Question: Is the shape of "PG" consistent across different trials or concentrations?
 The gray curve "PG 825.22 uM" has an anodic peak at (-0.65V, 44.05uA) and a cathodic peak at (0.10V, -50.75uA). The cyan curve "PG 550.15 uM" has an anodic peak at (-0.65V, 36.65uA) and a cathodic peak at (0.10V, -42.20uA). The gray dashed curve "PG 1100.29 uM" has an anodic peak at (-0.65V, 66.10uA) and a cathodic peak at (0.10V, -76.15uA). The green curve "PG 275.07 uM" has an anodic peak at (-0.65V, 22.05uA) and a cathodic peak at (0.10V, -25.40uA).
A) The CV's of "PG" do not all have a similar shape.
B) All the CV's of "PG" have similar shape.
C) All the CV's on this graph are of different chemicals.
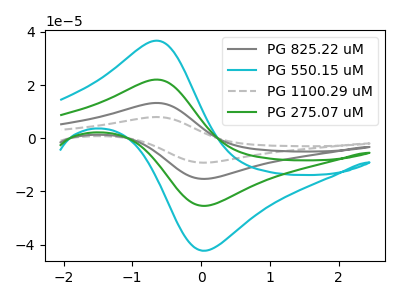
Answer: <think>All the peaks in "PG 825.22 uM" have a peak in "PG 550.15 uM" at the same potential. Every peak in "PG 825.22 uM" is higher than every peak in "PG 550.15 uM". All the peaks in "PG 825.22 uM" have a peak in "PG 1100.29 uM" at the same potential. Every peak in "PG 825.22 uM" is lower than every peak in "PG 1100.29 uM". All the peaks in "PG 825.22 uM" have a peak in "PG 275.07 uM" at the same potential. Every peak in "PG 825.22 uM" is higher than every peak in "PG 275.07 uM". All the peaks in "PG 550.15 uM" have a peak in "PG 1100.29 uM" at the same potential. Every peak in "PG 550.15 uM" is lower than every peak in "PG 1100.29 uM". All the peaks in "PG 550.15 uM" have a peak in "PG 275.07 uM" at the same potential. Every peak in "PG 550.15 uM" is higher than every peak in "PG 275.07 uM". All the peaks in "PG 1100.29 uM" have a peak in "PG 275.07 uM" at the same potential. Every peak in "PG 1100.29 uM" is higher than every peak in "PG 275.07 uM".
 </think>
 <answer>B) All the CV's of "PG" have similar shape.</answer>
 <eval>B</eval>